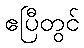
ဧပြီတွင်